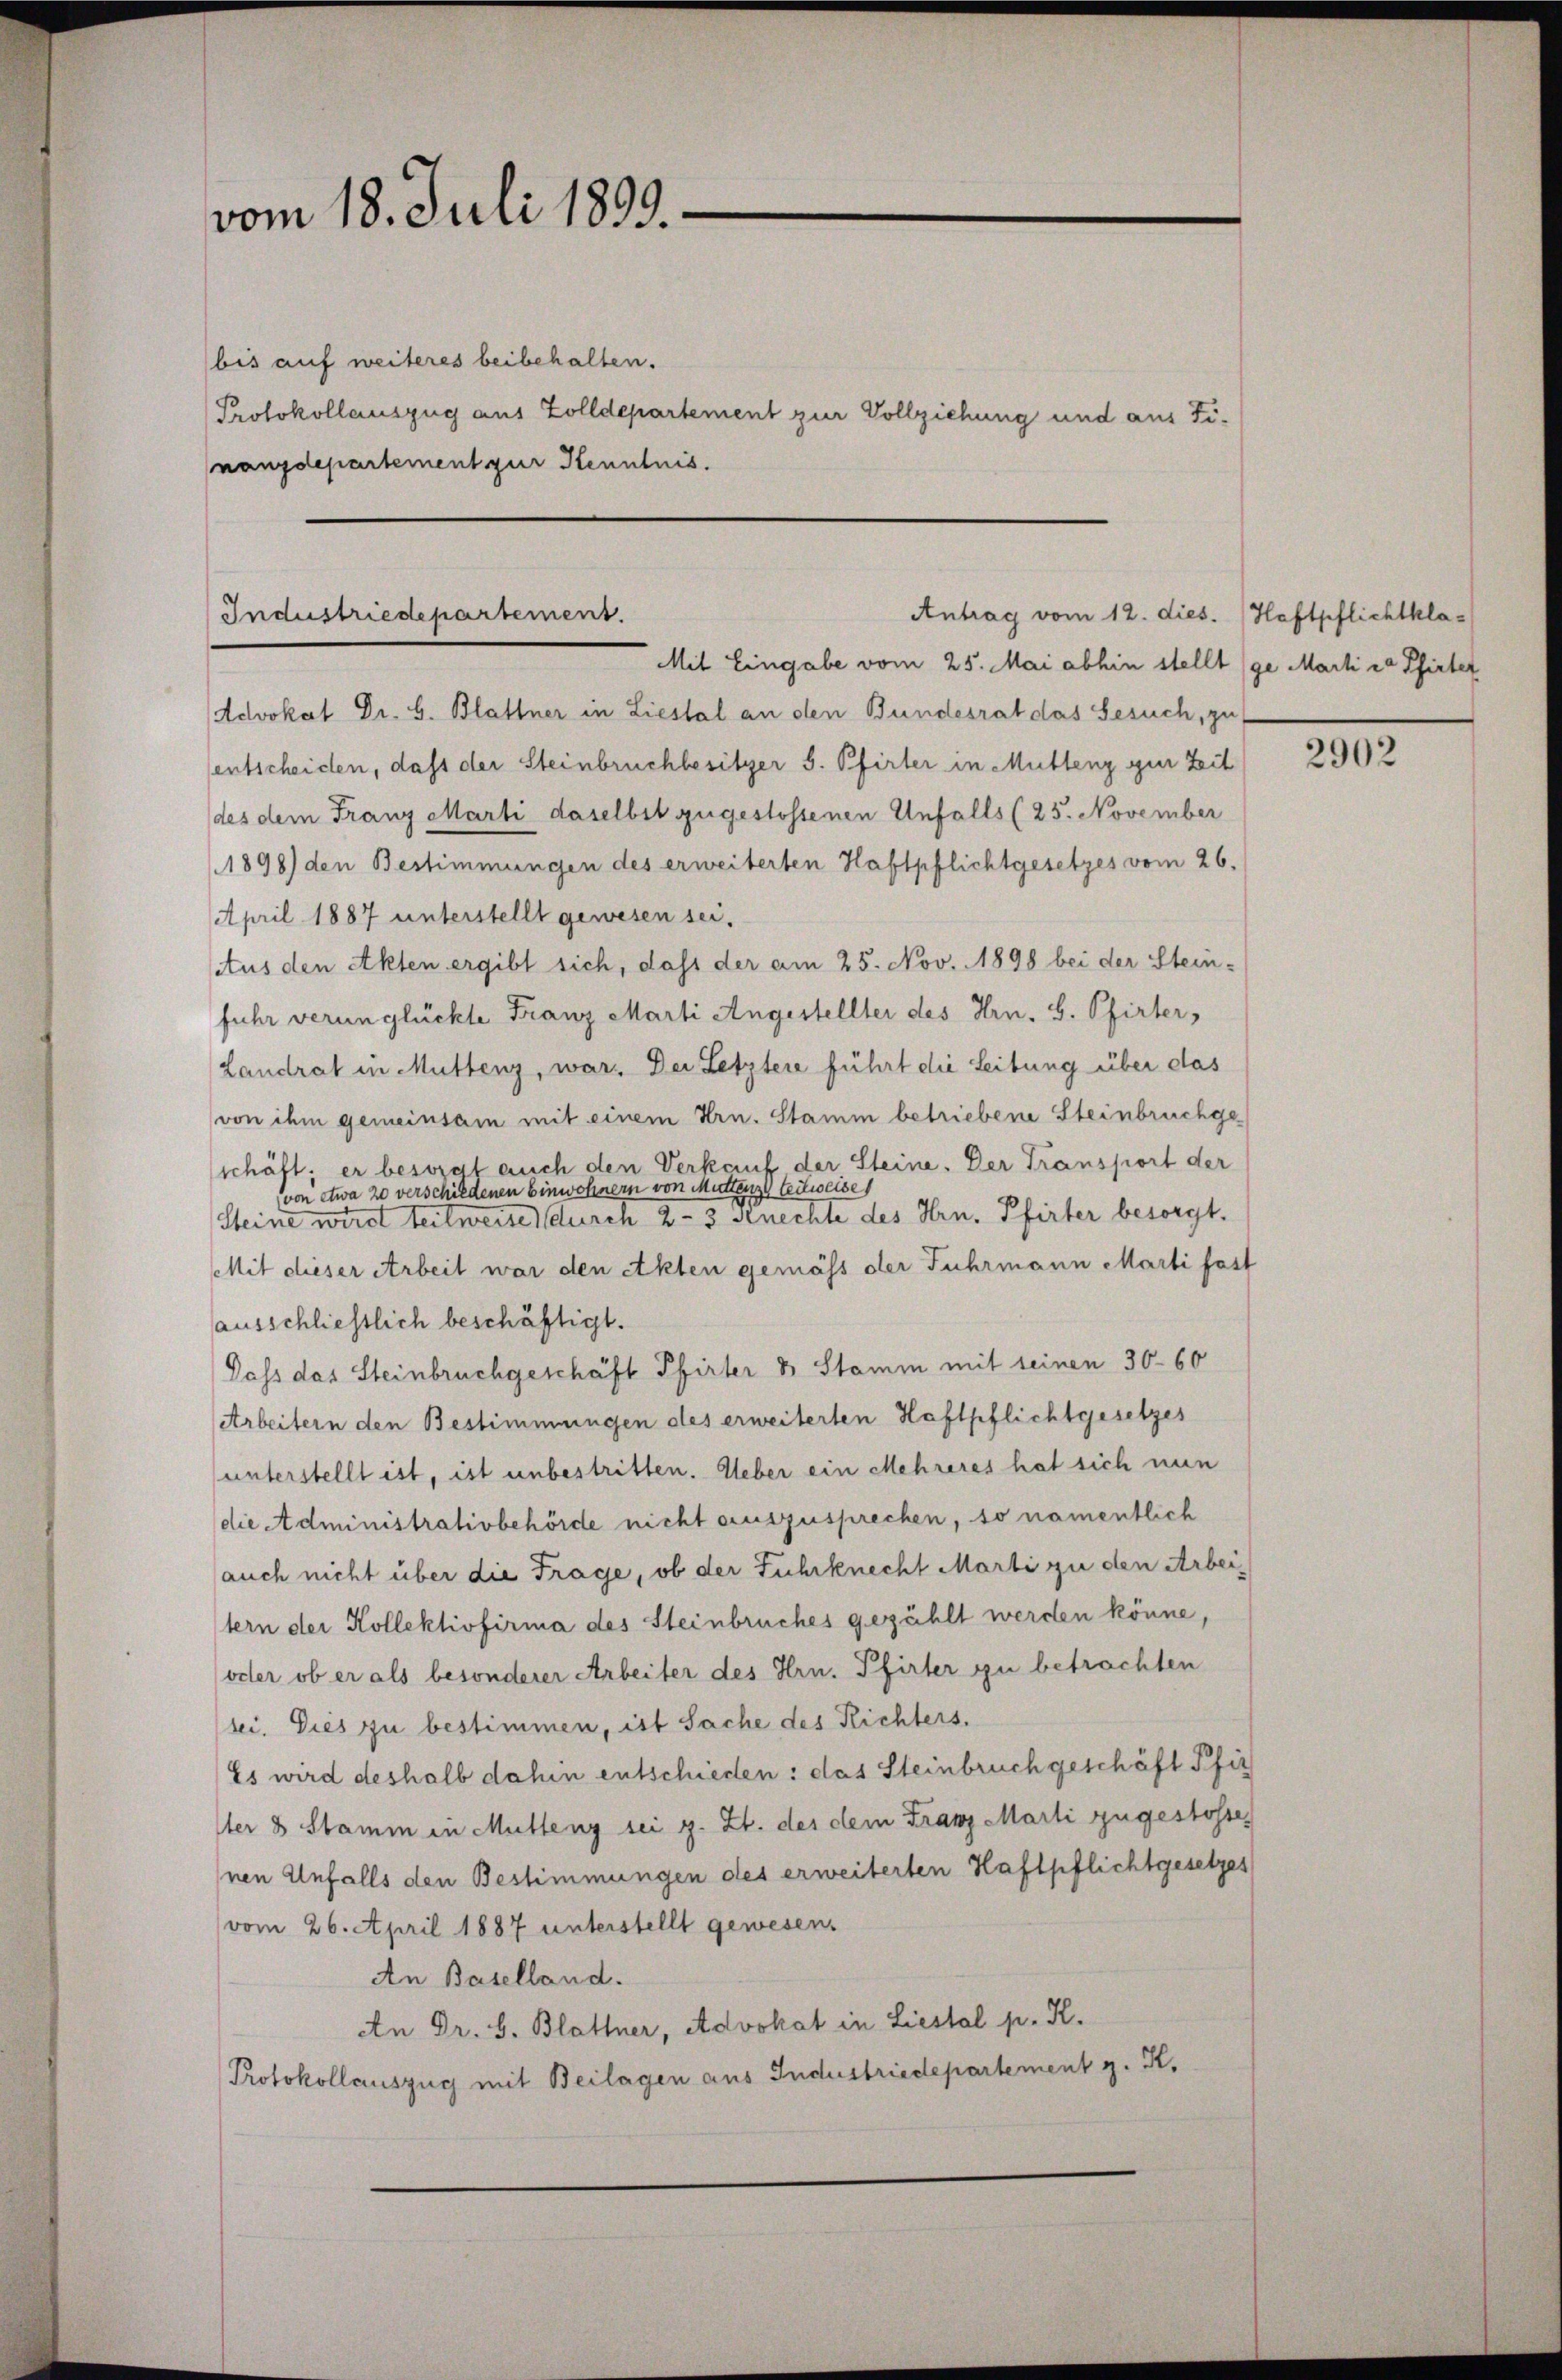
vom 18. Juli 1899.

bis auf weiteres beibehalten.
Protokollauszug aus Zolldepartement zur Vollziehung und aus Tinanzdepartement zur Kenntnis.

Antrag vom 12. dies. (Haftpflichtkla¬
Industriedepartement.

Mit Eingabe vom 25. Mai abhin stellt (ge Marti ca Pfirter
Advokat Dr. S. Blattner in Liestal an den Bundesrat das Besuch, zu
entscheiden, dass der Steinbruchbesitzer S. Pfirter in Müllenz zur Zeit
des dem Franz Marti daselbst zugestossenen Unfalls (25. November
1898) den Bestimmungen des erweiterten Haftpflichtgesetzes vom 26.
April 1887 unterstellt gewesen sei.
Aus den Akten ergibt sich, dass der am 25. Nov. 1898 bei der Stein-
fuhr verunglückte Franz Marti Angestellter des Hrn. H. Pfirter,
Landrat in Müttenz, war. Der Letztere führt die Leitung über das
von ihm gemeinsam mit einem Hrn. Stamm betriebene Steinbruchge
schäft; er besorat auch den Verkauf der Steine. Der Transport der
von etwa 20 verschiedenen Einwohnern von Muttenz leitweise
Steine wird teilweise durch 2-3 Knechte des Hrn. Pfirter besorgt.
Mit dieser Arbeit war den Akten gemäss der Fuhrmann Marti fast
ausschliesslich beschäftigt.
Dass das Steinbruchgeschäft Pfirter & Stamm mit seinen 30. 60
Arbeitern den Bestimmungen des erweiterten Haftpflichtgesetzes
unterstellt ist, ist unbestritten. Ueber ein Mehreres hat sich nun
die Administrativbehörde nicht auszusprechen, so namentlich
auch nicht über die Frage, ob der Fuhrknecht Marti zu den Arbeitern der Kollektivfirma des Steinbruches gezählt werden könne,
oder ob er als besonderer Arbeiter des Hrn. Pfirter zu betrachten
sei. Dies zu bestimmen, ist Sache des Richters.
Es wird deshalb dahin entschieden: das Steinbruch geschäft Pfir
er 8 Stamm in Mutteng sei z. Zt. des dem Franz Marli zugestosse
nen Unfalls den Bestimmungen des erweiterten Haftpflichtgesetzes
vom 26. April 1887 unterstellt gewesen.
An Baselland.
An Dr. S. Blattner, Advokat in Liestal p. K.
Protokollauszug mit Beilagen aus Industriedepartement g. K.

2902